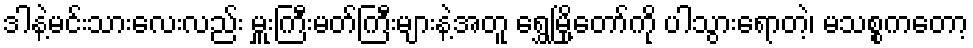
ဒါနဲ့မင်းသားလေးလည်း မှူးကြီးမတ်ကြီးများနဲ့အတူ ရွှေမြို့တော်ကို ပါသွားရောတဲ့၊ မသစ္စကတော့